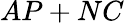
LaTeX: AP+NC